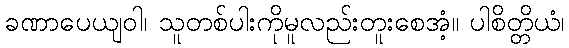
ခဏာပေယျဝါ၊ သူတစ်ပါးကိုမူလည်းတူးစေအံ့။ ပါစိတ္တိယံ၊